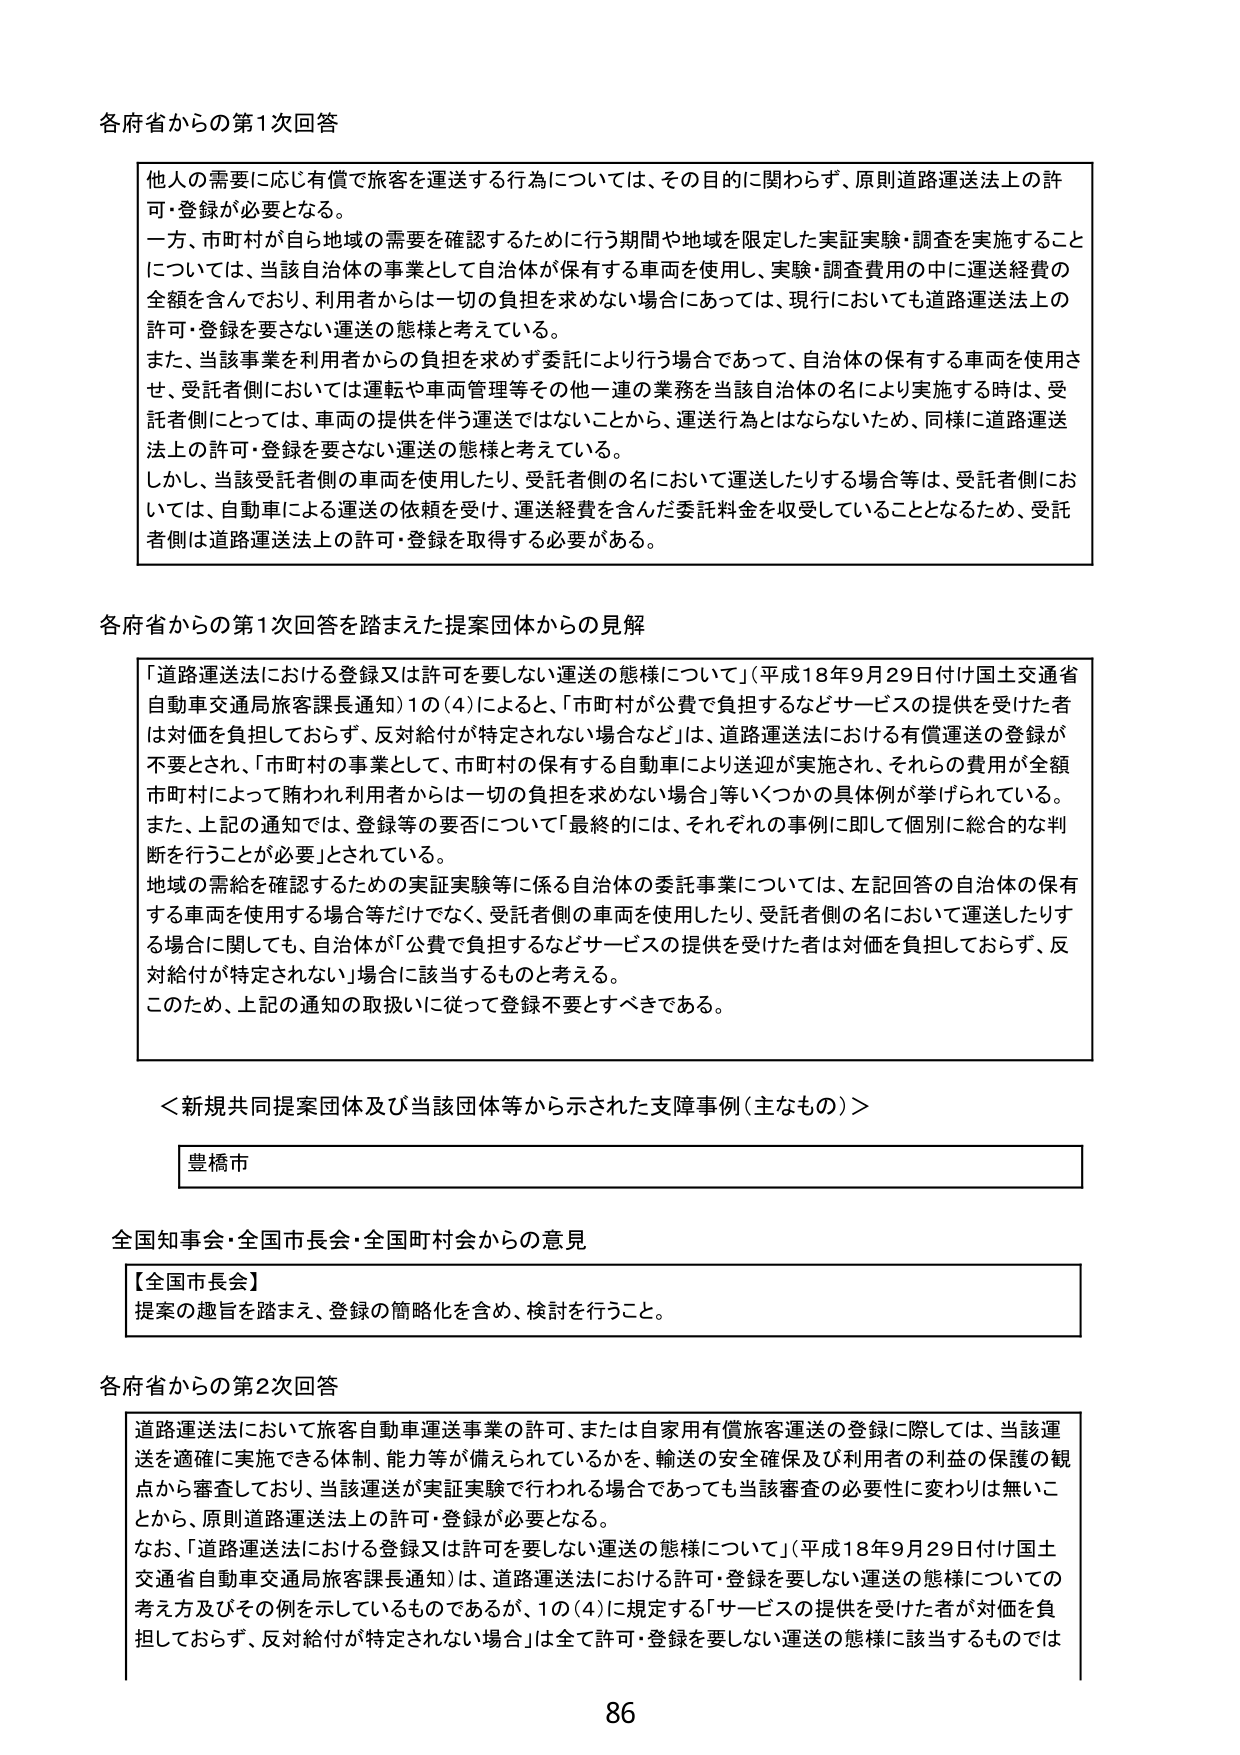
各府省からの第1次回答

他人の需要に応じ有償で旅客を運送する行為については、その目的に関わらず、原則道路運送法上の許可・登録が必要となる。
一方、市町村が自ら地域の需要を確認するために行う期間や地域を限定した実証実験・調査を実施することについては、当該自治体の事業として自治体が保有する車両を使用し、実験・調査費用の中に運送経費の全額を含んでおり、利用者からは一切の負担を求めない場合にあっては、現行においても道路運送法上の許可・登録を要さない運送の態様と考えている。
また、当該事業を利用者からの負担を求めず委託により行う場合であって、自治体の保有する車両を使用させ、受託者側においては運転や車両管理等その他一連の業務を当該自治体の名により実施する時は、受託者側にとっては、車両の提供を伴う運送ではないことから、運送行為とはならないため、同様に道路運送法上の許可・登録を要さない運送の態様と考えている。
しかし、当該受託者側の車両を使用したり、受託者側の名において運送したりする場合等は、受託者側においては、自動車による運送の依頼を受け、運送経費を含んだ委託料金を収受していることとなるため、受託者側は道路運送法上の許可・登録を取得する必要がある。

各府省からの第1次回答を踏まえた提案団体からの見解

「道路運送法における登録又は許可を要しない運送の態様について」（平成18年9月29日付け国土交通省自動車交通局旅客課長通知）1の(4)によると、「市町村が公費で負担するなどサービスの提供を受けた者は対価を負担しておらず、反対給付が特定されない場合など」は、道路運送法における有償運送の登録が不要とされ、「市町村の事業として、市町村の保有する自動車により送迎が実施され、それらの費用が全額市町村によって賄われ利用者からは一切の負担を求めない場合」等いくつかの具体例が挙げられている。
また、上記の通知では、登録等の要否について「最終的には、それぞれの事例に即して個別に総合的な判断を行うことが必要」とされている。
地域の需給を確認するための実証実験等に係る自治体の委託事業については、左記回答の自治体の保有する車両を使用する場合等だけでなく、受託者側の車両を使用したり、受託者側の名において運送したりする場合に関しても、自治体が「公費で負担するなどサービスの提供を受けた者は対価を負担しておらず、反対給付が特定されない」場合に該当するものと考える。
このため、上記の通知の取扱いに従って登録不要とすべきである。

＜新規共同提案団体及び当該団体等から示された支障事例（主なもの）＞

豊橋市

全国知事会・全国市長会・全国町村会からの意見

【全国市長会】
提案の趣旨を踏まえ、登録の簡略化を含め、検討を行うこと。

各府省からの第2次回答

道路運送法において旅客自動車運送事業の許可、または自家用有償旅客運送の登録に際しては、当該運送を適確に実施できる体制、能力等が備えられているかを、輸送の安全確保及び利用者の利益の保護の観点から審査しており、当該運送が実証実験で行われる場合であっても当該審査の必要性に変わりは無いことから、原則道路運送法上の許可・登録が必要となる。
なお、「道路運送法における登録又は許可を要しない運送の態様について」（平成18年9月29日付け国土交通省自動車交通局旅客課長通知）は、道路運送法における許可・登録を要しない運送の態様についての考え方及びその例を示しているものであるが、1の(4)に規定する「サービスの提供を受けた者が対価を負担しておらず、反対給付が特定されない場合」は全て許可・登録を要しない運送の態様に該当するものでは

86